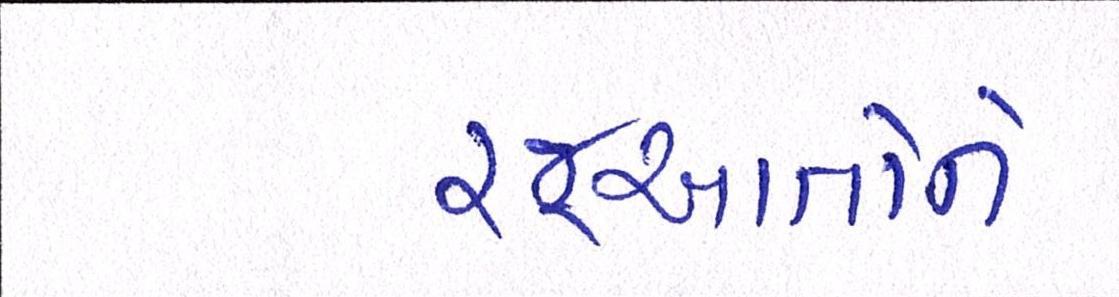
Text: રજૂઆતોને